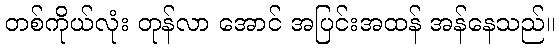
တစ်ကိုယ်လုံး တုန်လာ အောင် အပြင်းအထန် အန်နေသည်။